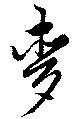
麥